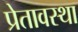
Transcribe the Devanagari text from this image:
प्रेतावस्था